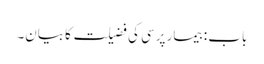
باب : بیمار پرسی کی فضیلت کا بیان۔